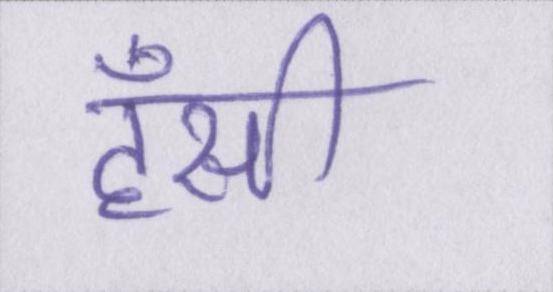
हँसी